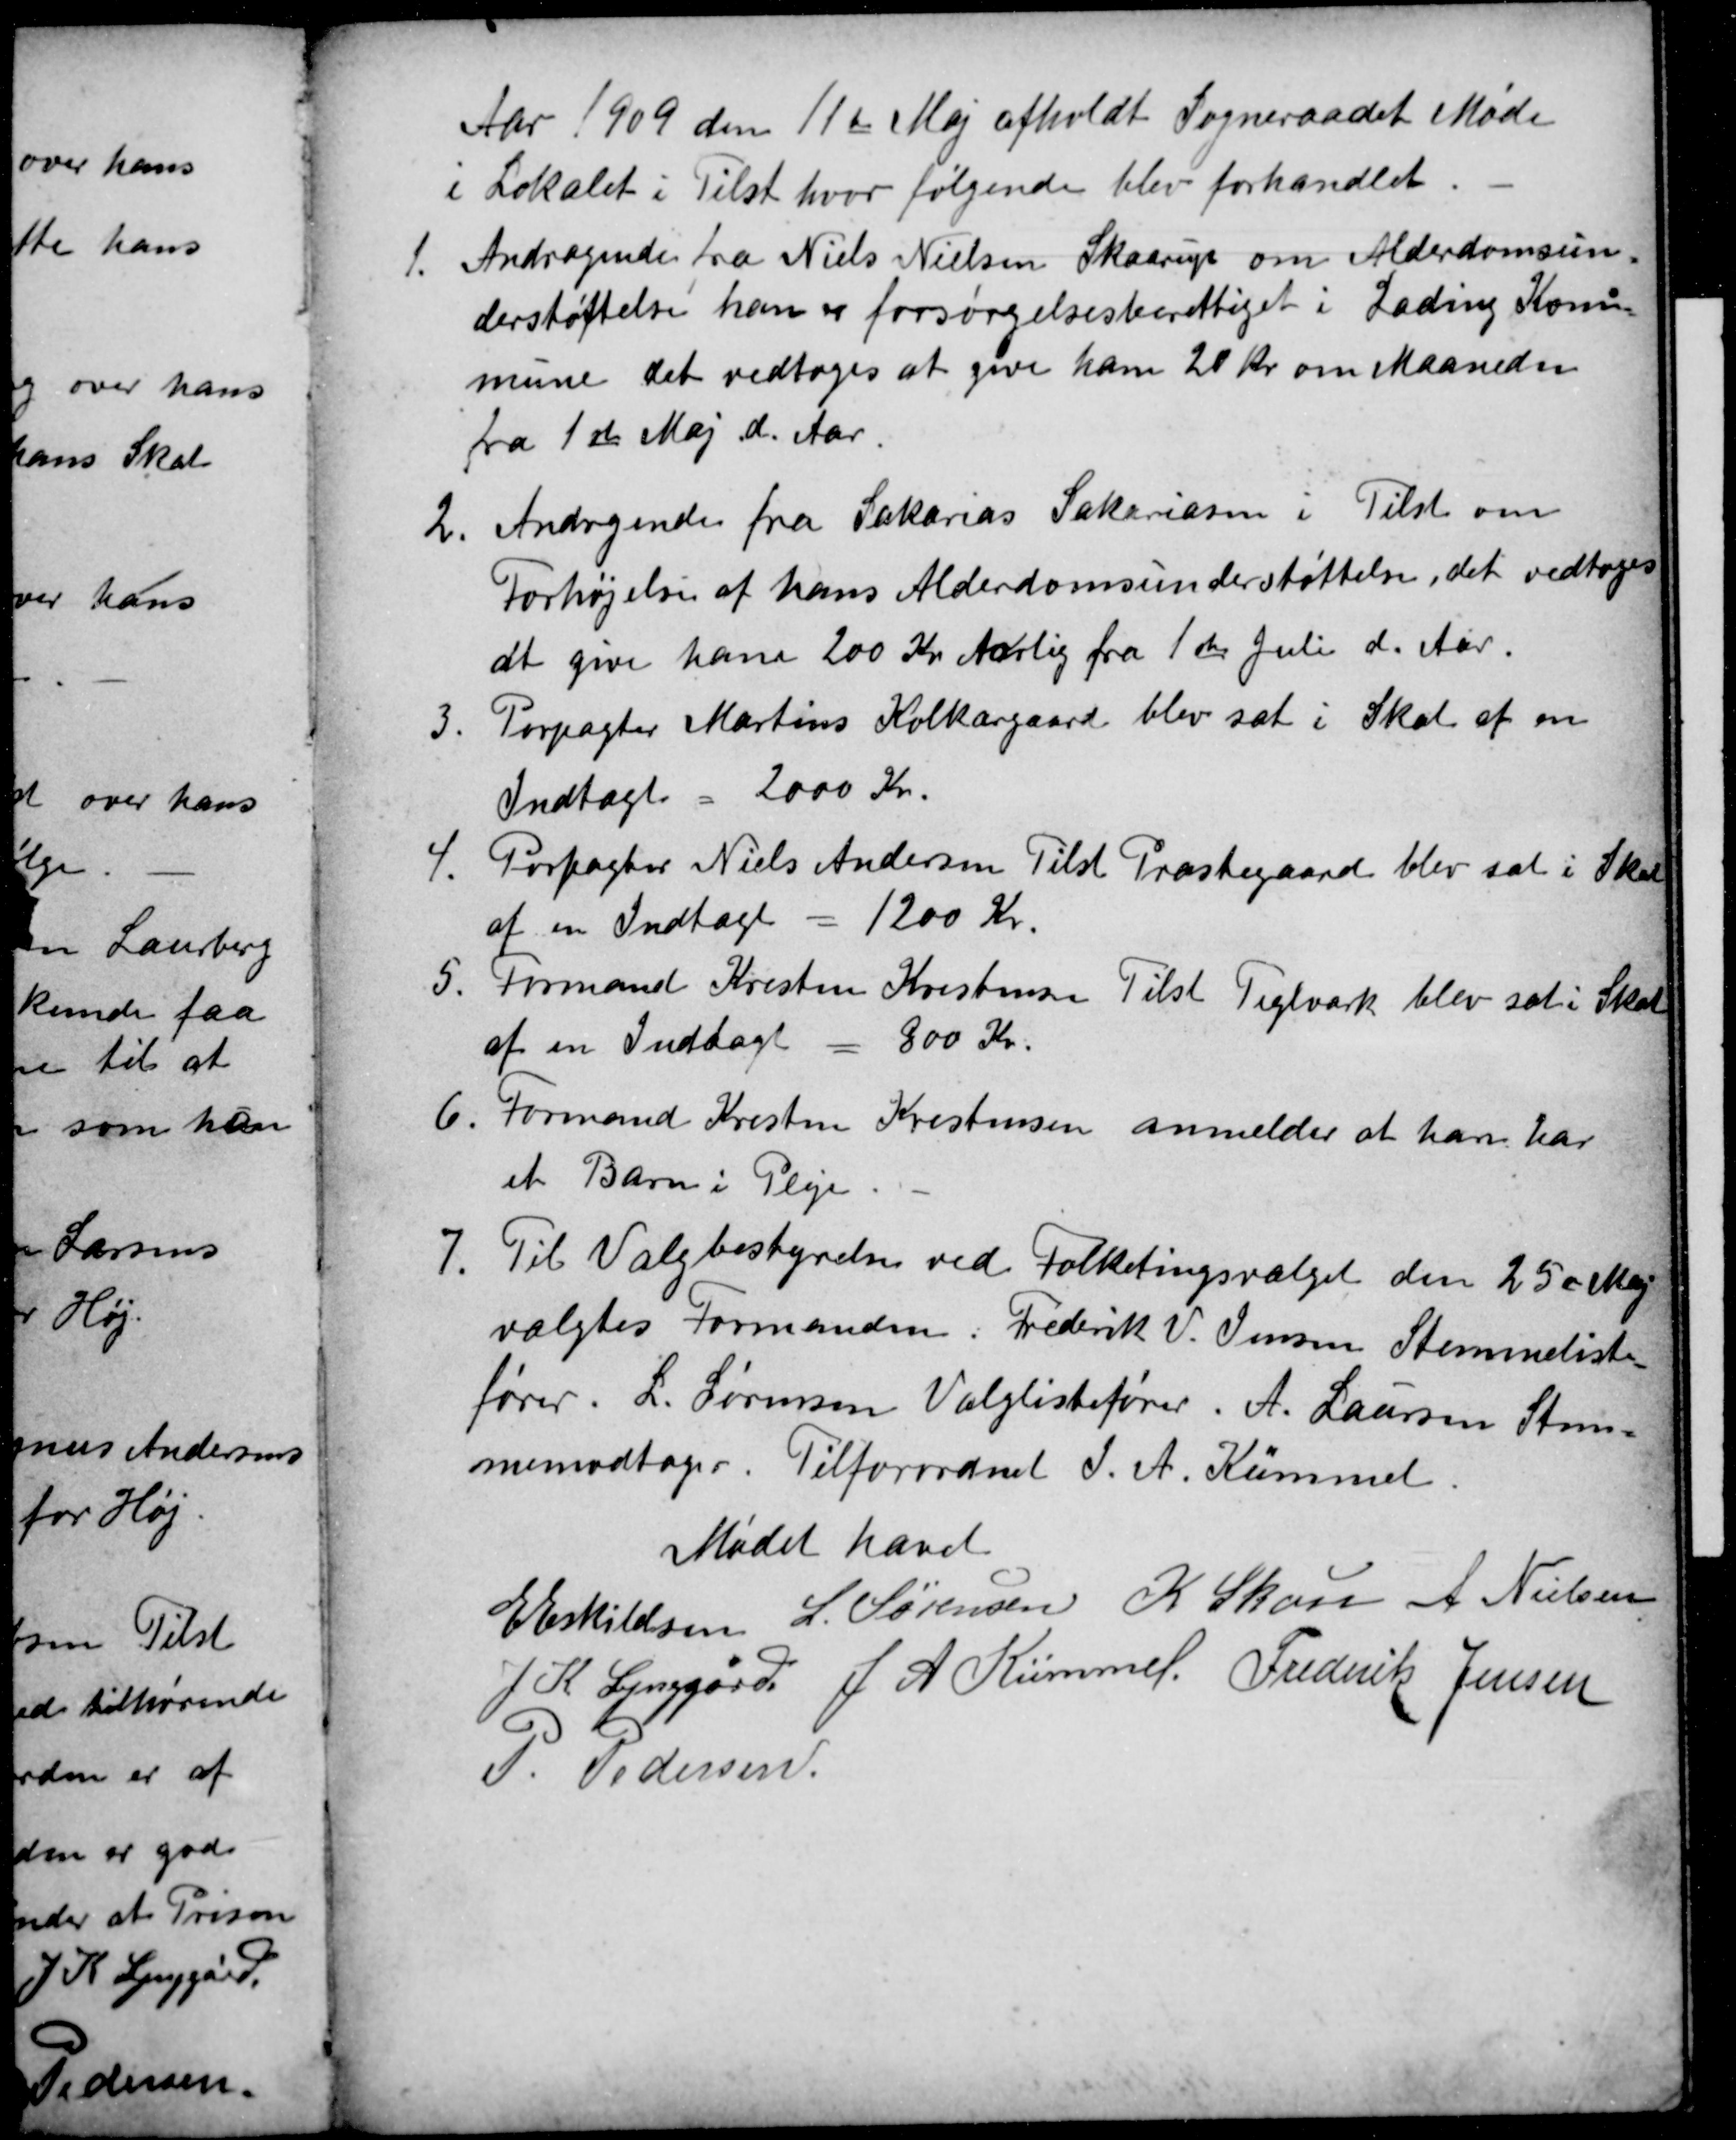
Transskription:
Aar 1909 den 11te Maj afholdt Sogneraadet Møde
i Lokalet i Tilst hvor følgende blev forhandlet
1
Andragende fra Niels Nielsen Skaarup om Alderdomsun
derstøttelse han er forsørgelsesberettiget i Lading Kom
mune det vedtoges at give ham 20 Kr om Maaneden
fra 1ste Maj d. Aar
2
Andragende fra Sakarias Sakariasen i Tilst om
Forhøjelse af hans Alderdomsunderstøttelse, det vedtoges
at give ham 200 Kr Aarlig fra 1ste Juli d. Aar.
3
Forpagter Martins Kolkærgaard blev sat i Skat af en
Indtægt = 2000 Kr.
4.
Forpagter Niels Andersen Tilst Præstegaard blev sat i Skat
af en Indtægt = 1200 Kr.
5.
Formand Kristen Kristensen Tilst Teglværk blev sat i Skat
af en Indtægt = 800 Kr.
6
Formand Kristen Kristensen anmelder at han har
et Barn i Pleje
7.
Til Valgbestyrelse ved Folketingsvalget den 25de Maj
valgtes Formanden. Frederik V. Jensen Stemmeliste-
fører. L. Sørensen Valglistefører. A. Laursen Stem-
memodtager. Tilforordnet J. A. Kümmel.
Mødet hævet
E Eskildsen L. Sørensen K Skou A Nielsen
J. K. Lynggård J. A. Kümmel. Frederik Jensen
P. Pedersen